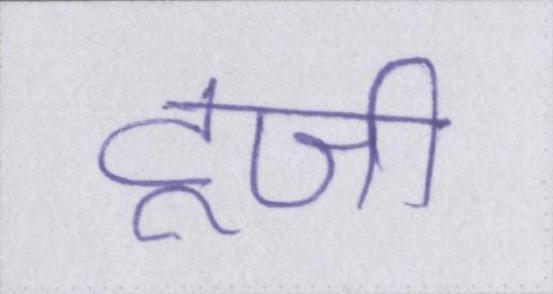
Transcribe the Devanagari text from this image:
टूजी